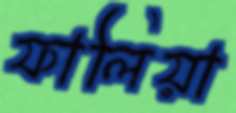
ফালিয়া